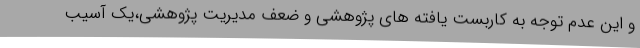
و این عدم توجه به کاربست یافته های پژوهشی و ضعف مدیریت پژوهشی،یک آسیب